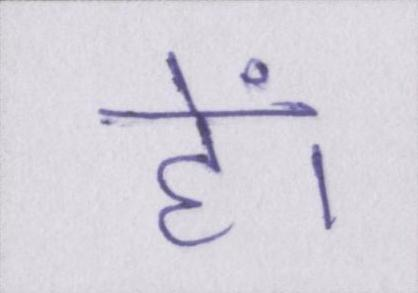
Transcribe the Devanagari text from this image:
हें।